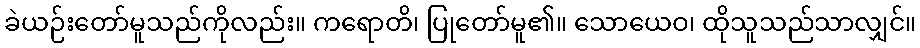
ခဲယဉ်းတော်မူသည်ကိုလည်း။ ကရောတိ၊ ပြုတော်မူ၏။ သောယေဝ၊ ထိုသူသည်သာလျှင်။